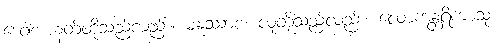
ဒေဝါစ၊ နတ်တို့သည်လည်း။ မနူဿာစ၊ လူတို့သည်လည်း။ လောကန္တရိကာသု၊